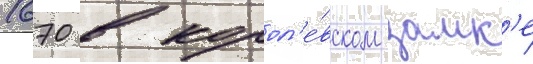
1670 в корол'е́вском замк'е